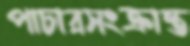
পাচারসংক্রান্ত